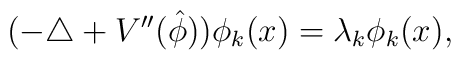
(-\triangle +V''( \hat{\phi})) \phi_{k}(x)=\lambda_{k}\phi_{k}(x),